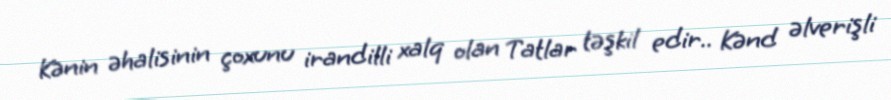
Kənin əhalisinin çoxunu irandilli xalq olan Tatlar təşkil edir.. Kənd əlverişli